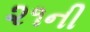
૨૧ની